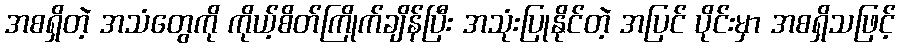
အစရှိတဲ့ အသံတွေကို ကိုယ့်စိတ်ကြိုက်ချိန်ပြီး အသုံးပြုနိုင်တဲ့ အပြင် ပိုင်းမှာ အစရှိသဖြင့်